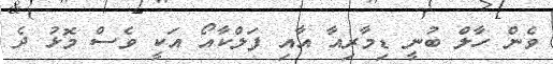
ވެން ހާލް ބުނީ ޑިމާރިއާ އާއި ފަލްކާއޯ އަކީ ވެސް މޮޅު ދެ